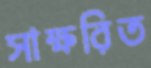
সাক্ষরিত